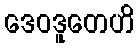
ဒေဝဒူတေဟိ